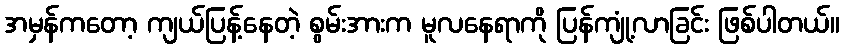
အမှန်ကတော့ ကျယ်ပြန့်နေတဲ့ စွမ်းအားက မူလနေရာကို ပြန်ကျုံ့လာခြင်း ဖြစ်ပါတယ်။